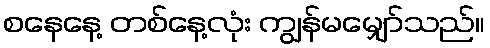
စနေနေ့ တစ်နေ့လုံး ကျွန်မမျှော်သည်။